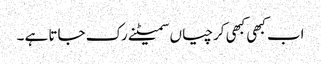
اب کبھی کبھی کرچیاں سمیٹنے رک جاتا ہے ۔